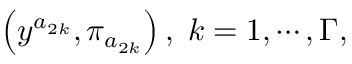
\left( y ^ { a _ { 2 k } } , \pi _ { a _ { 2 k } } \right) , \; k = 1 , \cdots , \Gamma ,